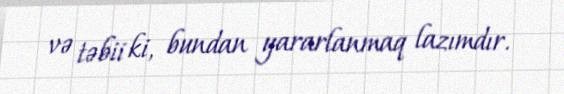
və təbii ki, bundan yararlanmaq lazımdır.